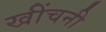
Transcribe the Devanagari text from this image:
खींचनी